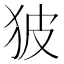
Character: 狓